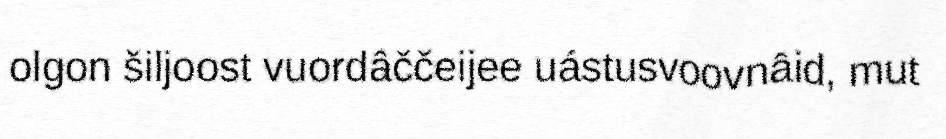
olgon šiljoost vuordâččeijee uástusvoovnâid, mut